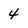
Character: 4